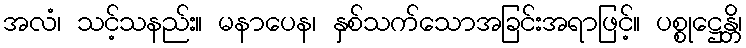
အလံ၊ သင့်သနည်း။ မနာပေန၊ နှစ်သက်သောအခြင်းအရာဖြင့်။ ပစ္စုဋ္ဌေန္တိ၊